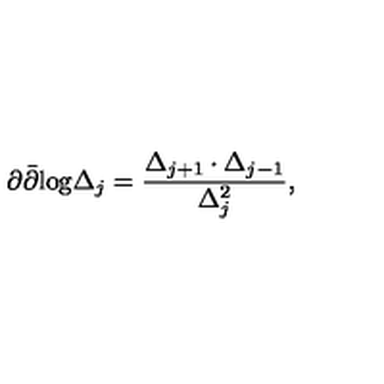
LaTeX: \partial \bar { \partial } \mathrm { l o g } \Delta _ { j } = \frac { \Delta _ { j + 1 } \cdot \Delta _ { j - 1 } } { \Delta _ { j } ^ { 2 } } ,